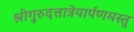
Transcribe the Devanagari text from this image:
श्रीगुरुदत्तात्रेयार्पणमस्तु